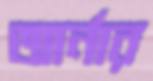
আর্নার